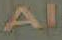
Al